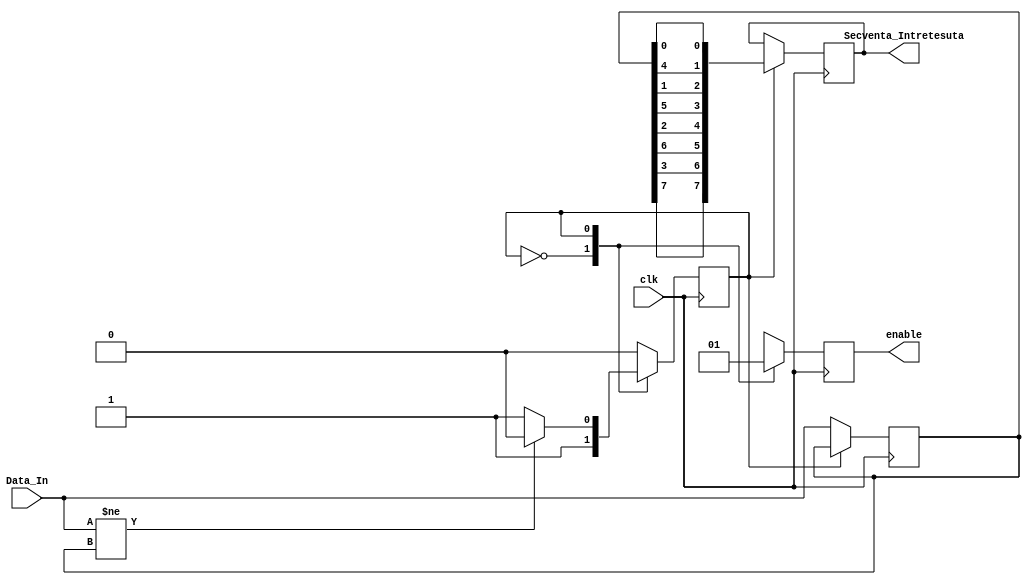
module IntretesatorBloc(clk,Data_In,enable,Secventa_Intretesuta
);

	input            clk;
	input      [7:0] Data_In;
	output reg       enable;
	output reg [7:0] Secventa_Intretesuta;

	reg       state     = 1'b0;
	reg [7:0] r_Data_In = 8'b0;

	always@(posedge clk) begin
		case(state)
			1'b0: begin
				r_Data_In <= Data_In;
				enable    <= 1'b0;
				state     <= 1'b1;
			end
			
			1'b1: begin
				Secventa_Intretesuta <= {r_Data_In[3'd7],r_Data_In[3'd3],r_Data_In[3'd6],r_Data_In[3'd2],r_Data_In[3'd5],r_Data_In[3'd1],r_Data_In[3'd4],r_Data_In[3'd0]};
				enable <= 1'b1;
				if(Data_In != r_Data_In)
					state <= 1'b0;
			end
		endcase
	end
endmodule